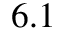
6 . 1